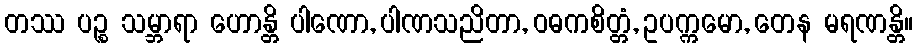
တဿ ပဉ္စ သမ္ဘာရာ ဟောန္တိ ပါဏော, ပါဏသညိတာ, ဝဓကစိတ္တံ, ဥပက္ကမော, တေန မရဏန္တိ။